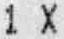
1 X